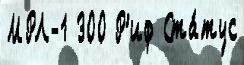
МРЛ-1 300 Р'иф Ста́тус